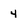
Character: 4